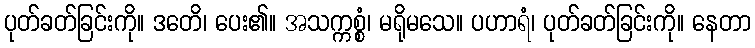
ပုတ်ခတ်ခြင်းကို။ ဒတေိ၊ ပေး၏။ အသက္ကစ္စံ၊ မရိုမသေ။ ပဟာရံ၊ ပုတ်ခတ်ခြင်းကို။ နေတာ